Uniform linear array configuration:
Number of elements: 4
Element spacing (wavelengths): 0.75
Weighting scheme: kaiser
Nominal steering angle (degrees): -30
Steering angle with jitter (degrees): -29.247
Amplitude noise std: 0.05
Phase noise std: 0.05

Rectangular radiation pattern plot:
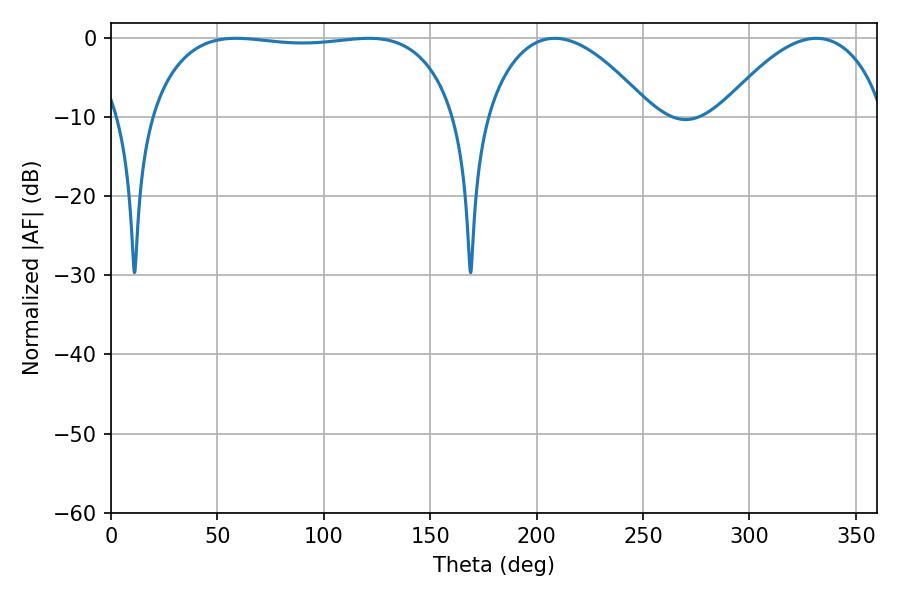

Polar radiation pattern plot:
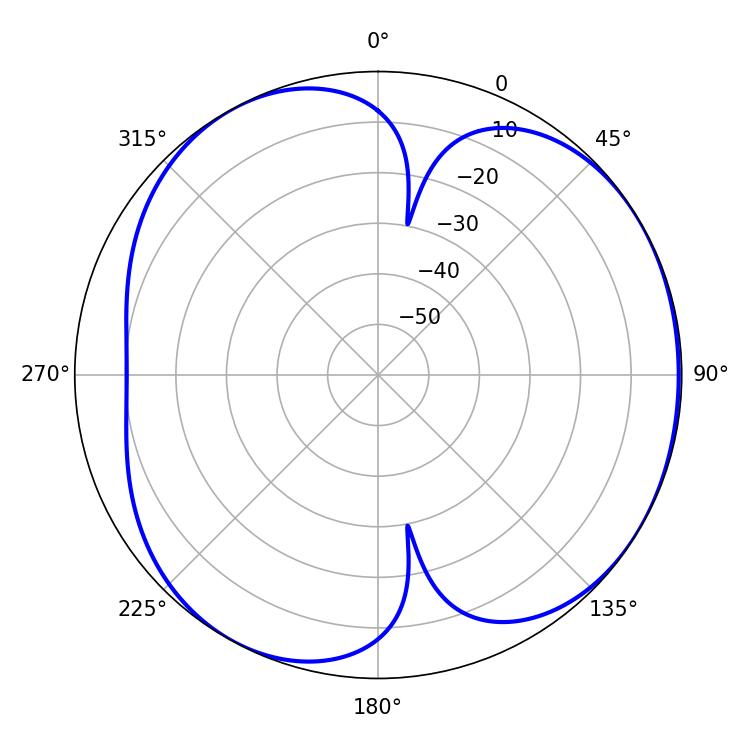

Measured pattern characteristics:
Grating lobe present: TRUE
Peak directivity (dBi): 4.488
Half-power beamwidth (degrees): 114.48
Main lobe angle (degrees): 58.86